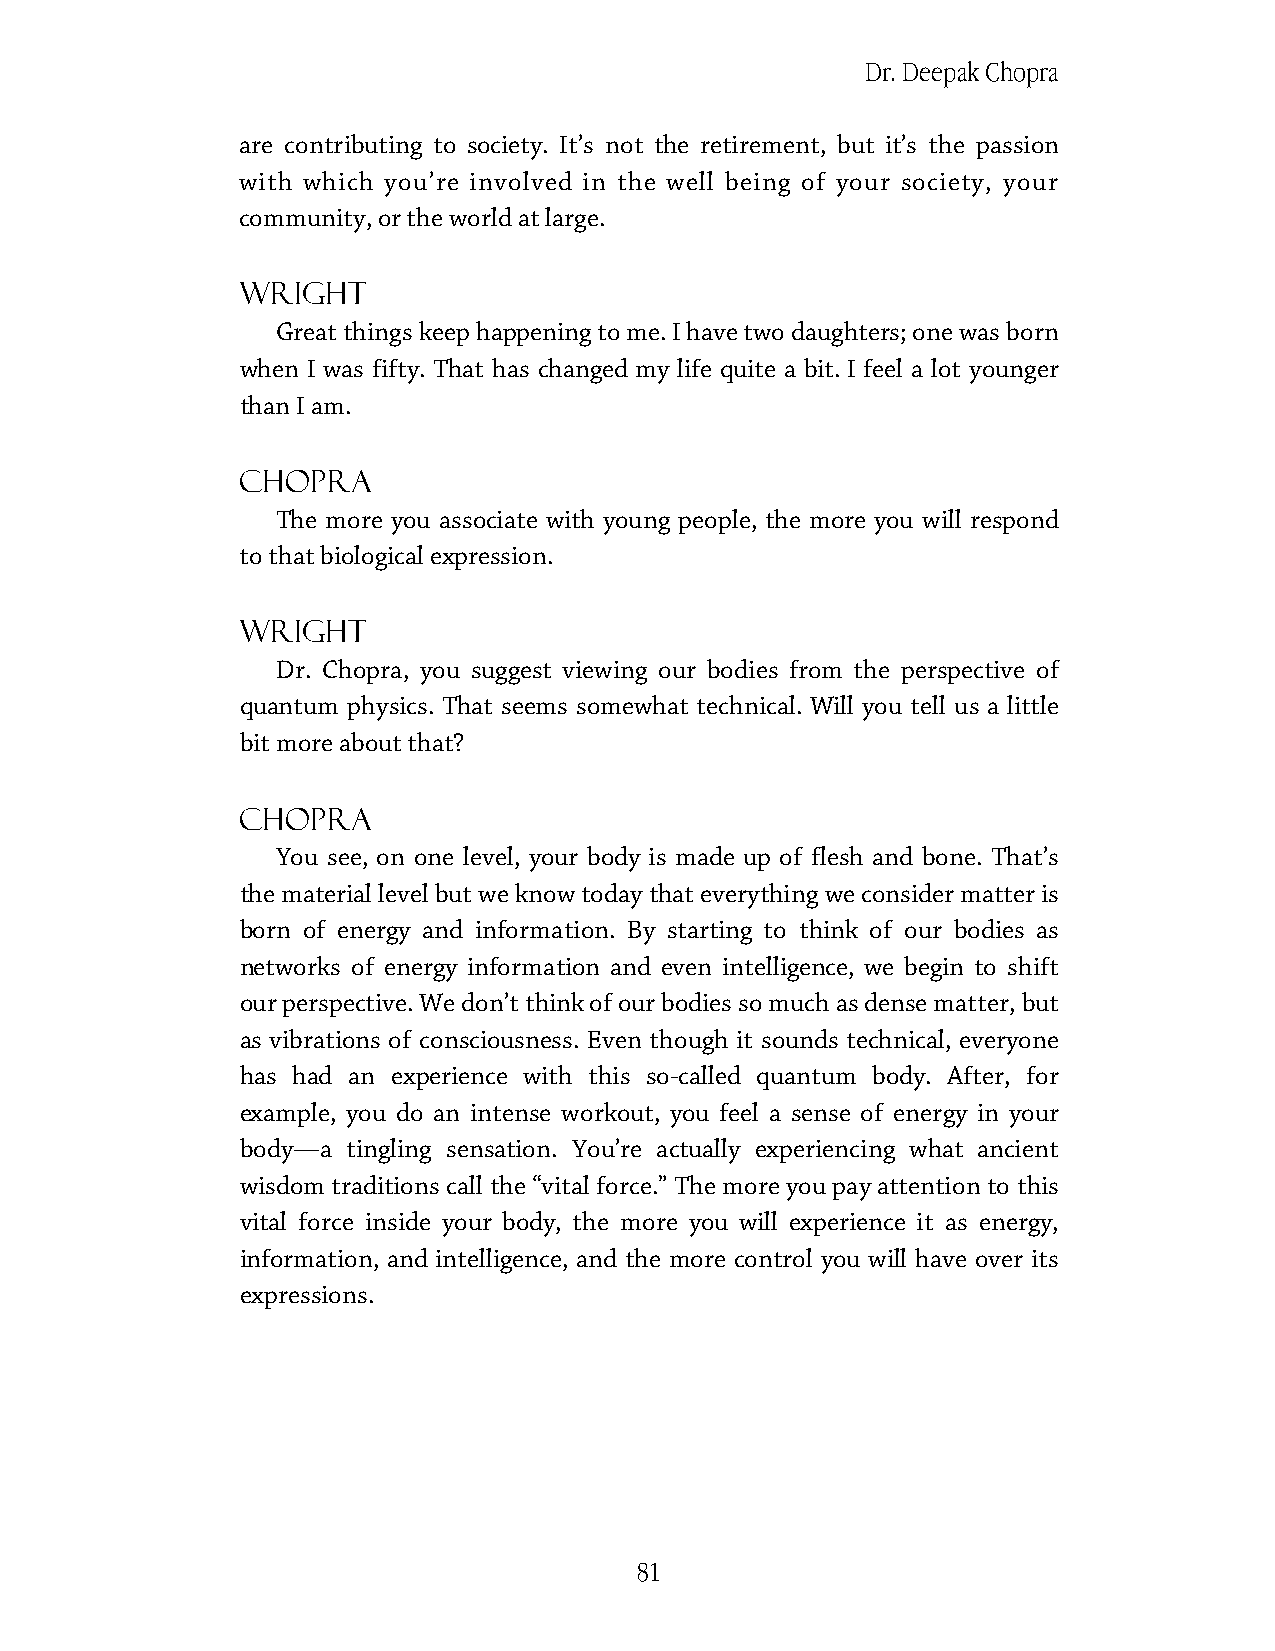
Dr. Deepak Chopra
 are contributing to society. It’s not the retirement, but it’s the passion
 with which you’re involved in the well being of your society, your
 community, or the world at large.
 Wright
 Great things keep happening to me. I have two daughters; one was born
 when I was fifty. That has changed my life quite a bit. I feel a lot younger
 than I am.
 Chopra
 The more you associate with young people, the more you will respond
 to that biological expression.
 Wright
 Dr. Chopra, you suggest viewing our bodies from the perspective of
 quantum physics. That seems somewhat technical. Will you tell us a little
 bit more about that?
 Chopra
 You see, on one level, your body is made up of flesh and bone. That’s
 the material level but we know today that everything we consider matter is
 born of energy and information. By starting to think of our bodies as
 networks of energy information and even intelligence, we begin to shift
 our perspective. We don’t think of our bodies so much as dense matter, but
 as vibrations of consciousness. Even though it sounds technical, everyone
 has had an experience with this so-called quantum body. After, for
 example, you do an intense workout, you feel a sense of energy in your
 body—a tingling sensation. You’re actually experiencing what ancient
 wisdom traditions call the “vital force.” The more you pay attention to this
 vital force inside your body, the more you will experience it as energy,
 information, and intelligence, and the more control you will have over its
 expressions.
 81